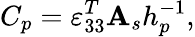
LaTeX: C_{p}=\varepsilon_{33}^{T}\mathbf{A}_{s}h_{p}^{-1},